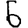
Digit: 6